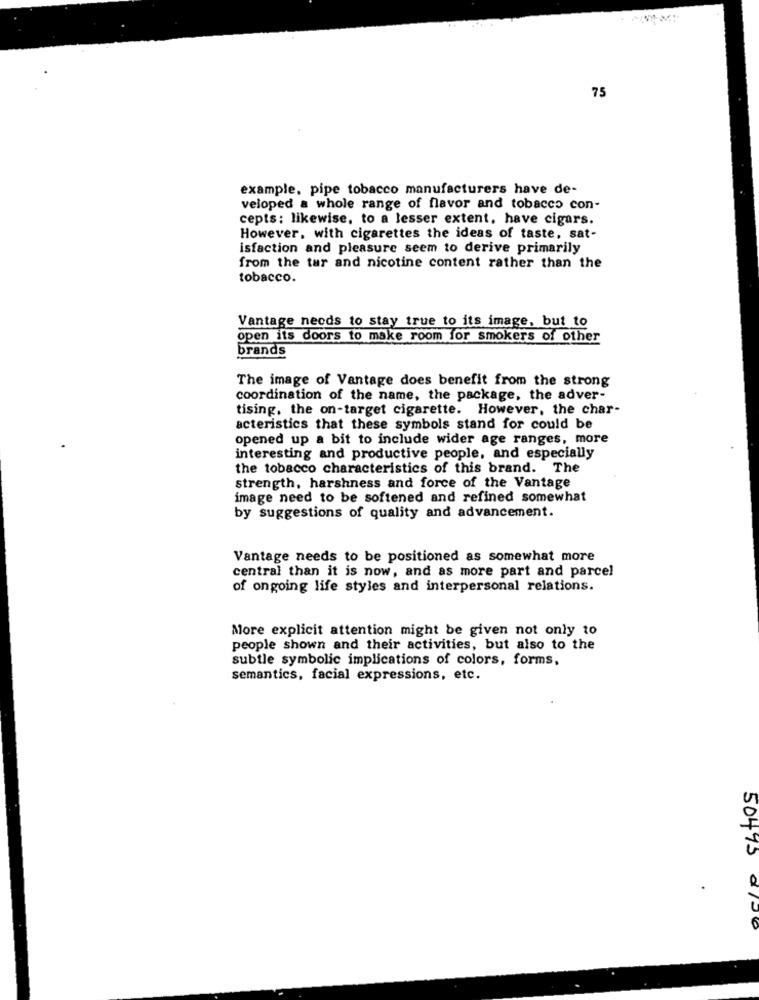
75
example, pipe tobacco manufacturers have de-
veloped a whole range of flavor and tobacco con-
cepts: likewise, to a lesser extent, have cigars.
However, with cigarettes the ideas of taste, sat-
isfaction and pleasure seem to derive primarily
from the tar and nicotine content rather than the
tobacco.
Vantage needs to stay true to its image, but to
open its doors to make room for smokers of other
brands
The image of Vantage does benefit from the strong
coordination of the name, the package, the adver-
tising, the on-target cigarette. However, the char-
acteristics that these symbols stand for could be
opened up a bit to include wider age ranges, more
interesting and productive people, and especially
the tobacco characteristics of this brand. The
strength, harshness and force of the Vantage
image need to be softened and refined somewhat
by suggestions of quality and advancement.
Vantage needs to be positioned as somewhat more
central than it is now, and as more part and parcel
of ongoing life styles and interpersonal relations.
More explicit attention might be given not only to
people shown and their activities, but also to the
subtle symbolic implications of colors, forms,
semantics, facial expressions, etc.
50493 0/20